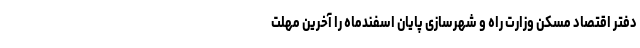
دفتر اقتصاد مسکن وزارت راه و شهرسازی پایان اسفندماه را آخرین مهلت